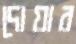
দোয়ার